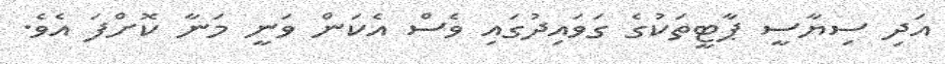
އަދި ސިޔާސީ ޕާޓީތަކުގެ ގަވައިދުގައި ވެސް އެކަން ވަނީ މަނާ ކޮށްފަ އެވެ.